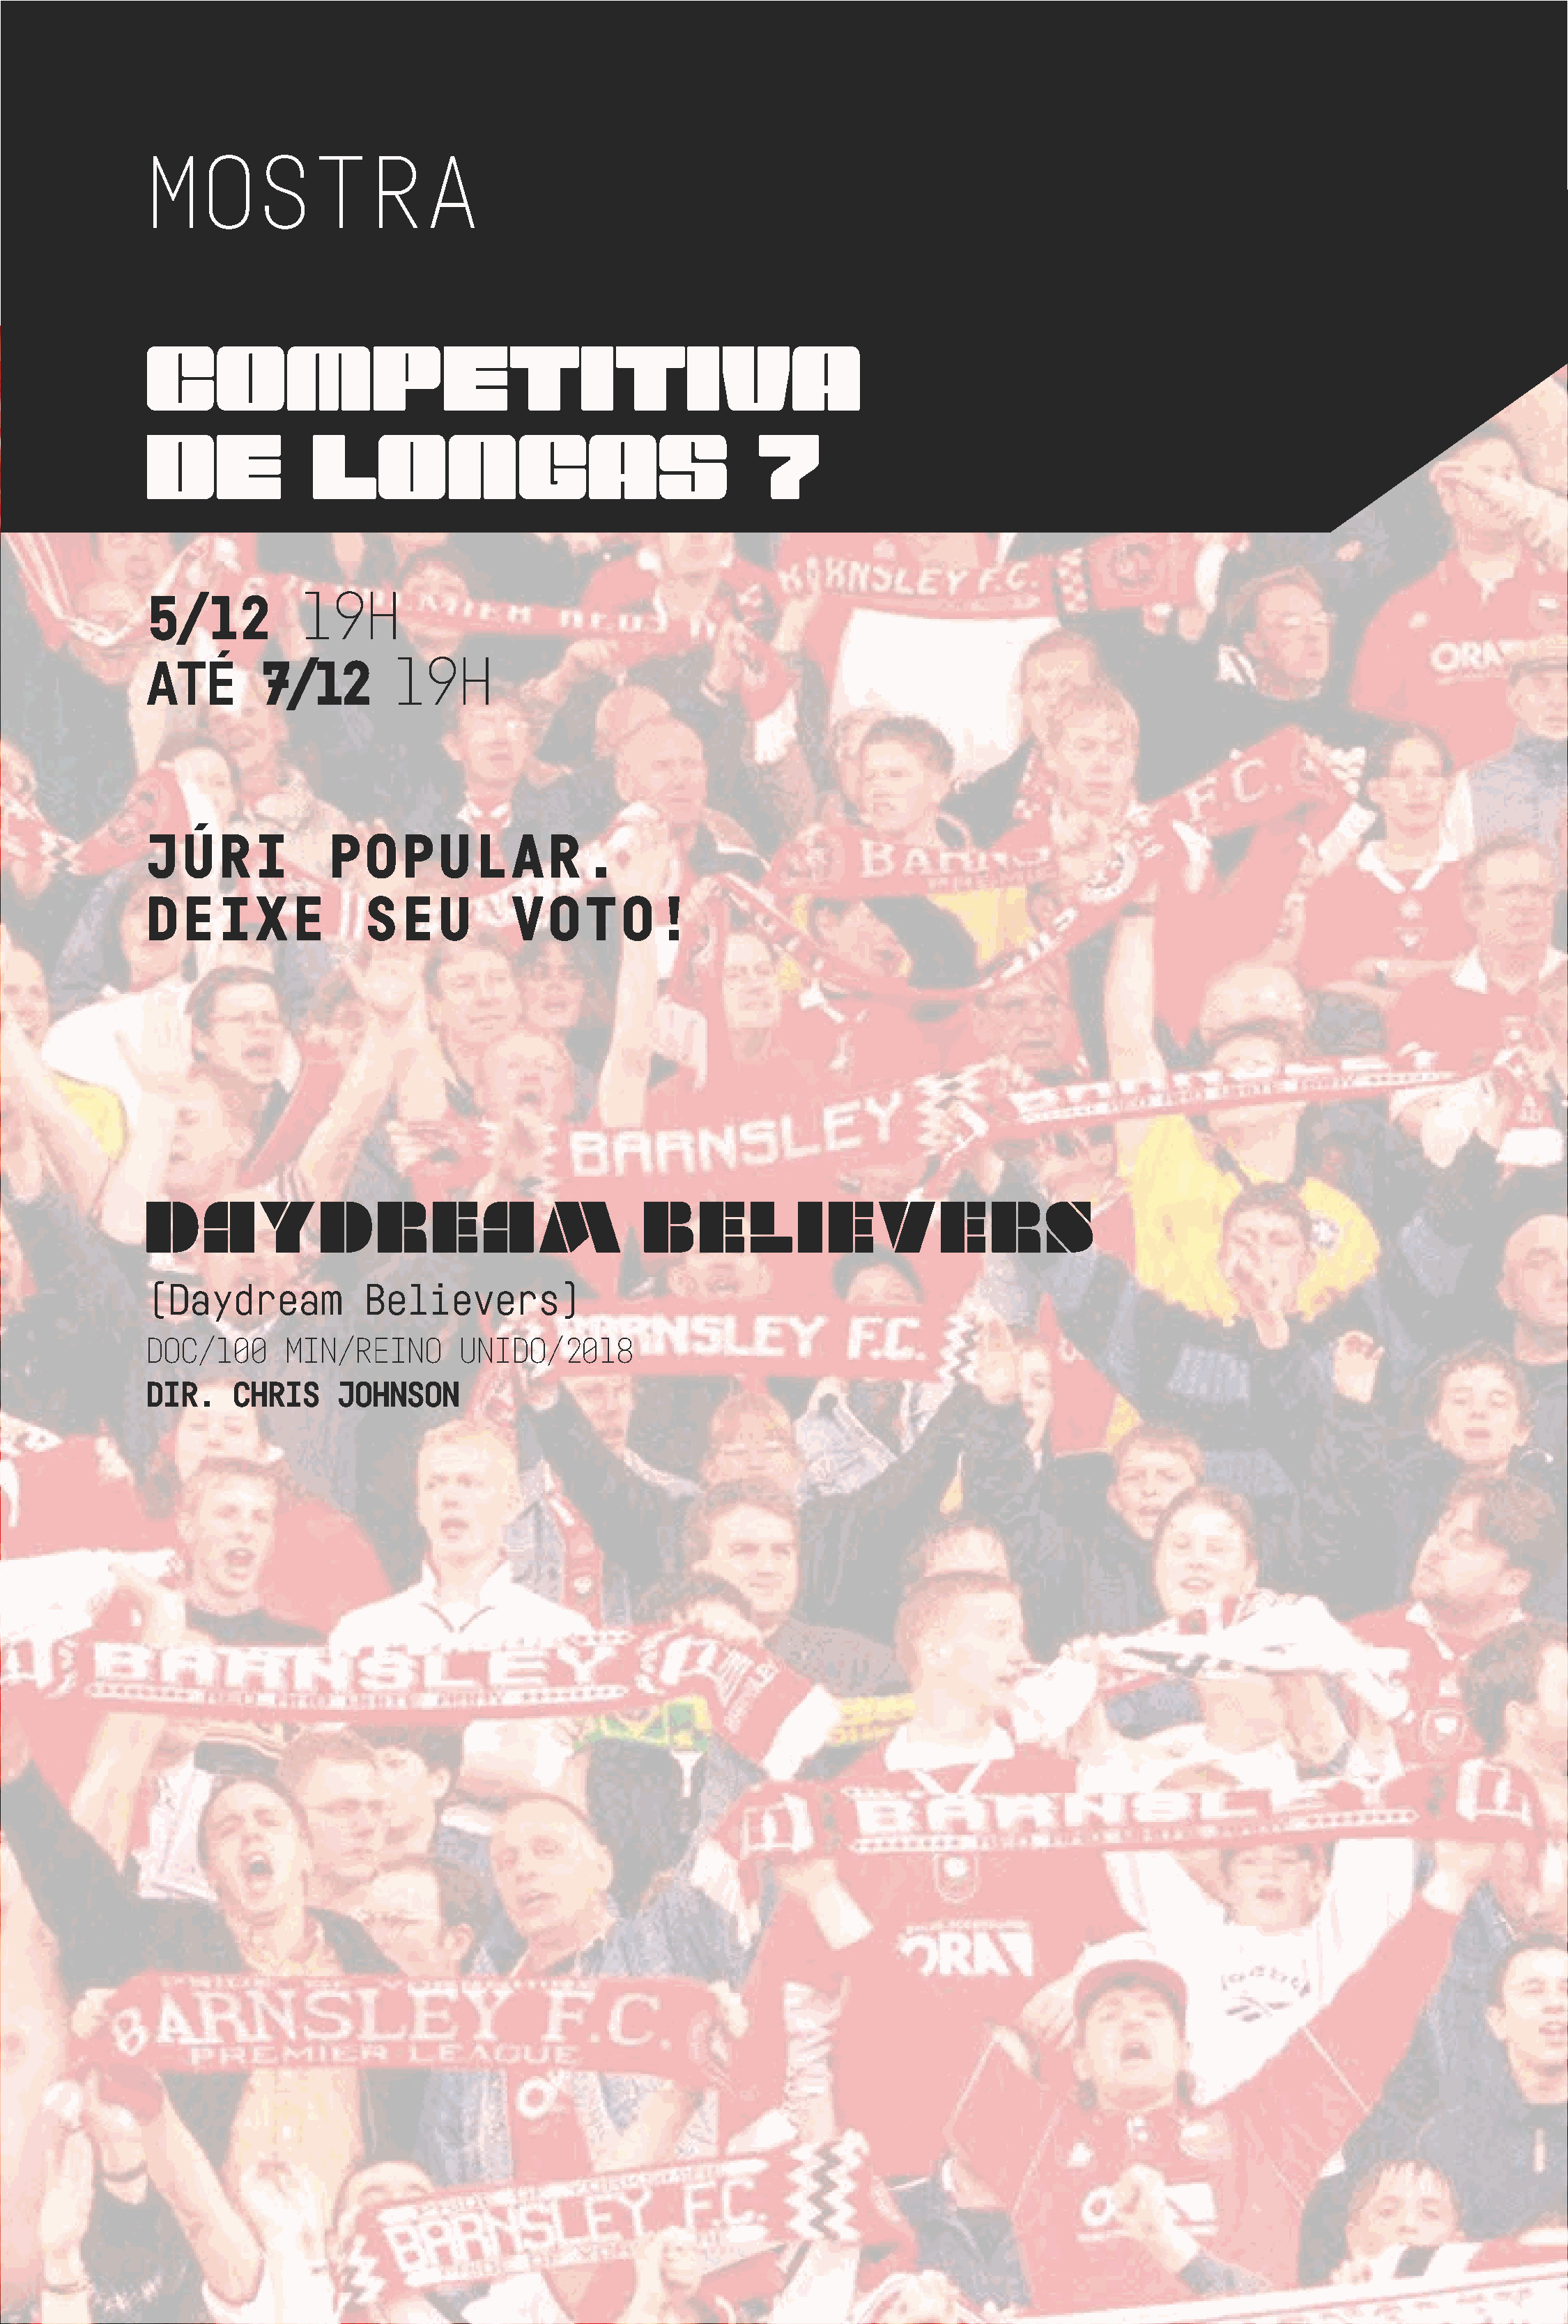
MOSTRA
 COMPETITIVA
 DE              LONGAS                                    7
 19H
 5/12
 19H
 ATÉ        7/12
 JÚRI             POPULAR.
 DEIXE                SEU           VOTO!
 DAYDREAM                                       bELIEVERS
 (Daydream           Believers)
 DOC/100      MIN/REINO        UNIDO/2018
 DIR.    CHRIS     JOHNSON